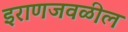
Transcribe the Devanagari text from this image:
इराणजवळील